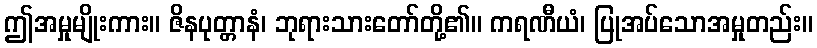
ဤအမှုမျိုးကား။ ဇိနပုတ္တာနံ၊ ဘုရားသားတော်တို့၏။ ကရဏီယံ၊ ပြုအပ်သောအမှုတည်း။